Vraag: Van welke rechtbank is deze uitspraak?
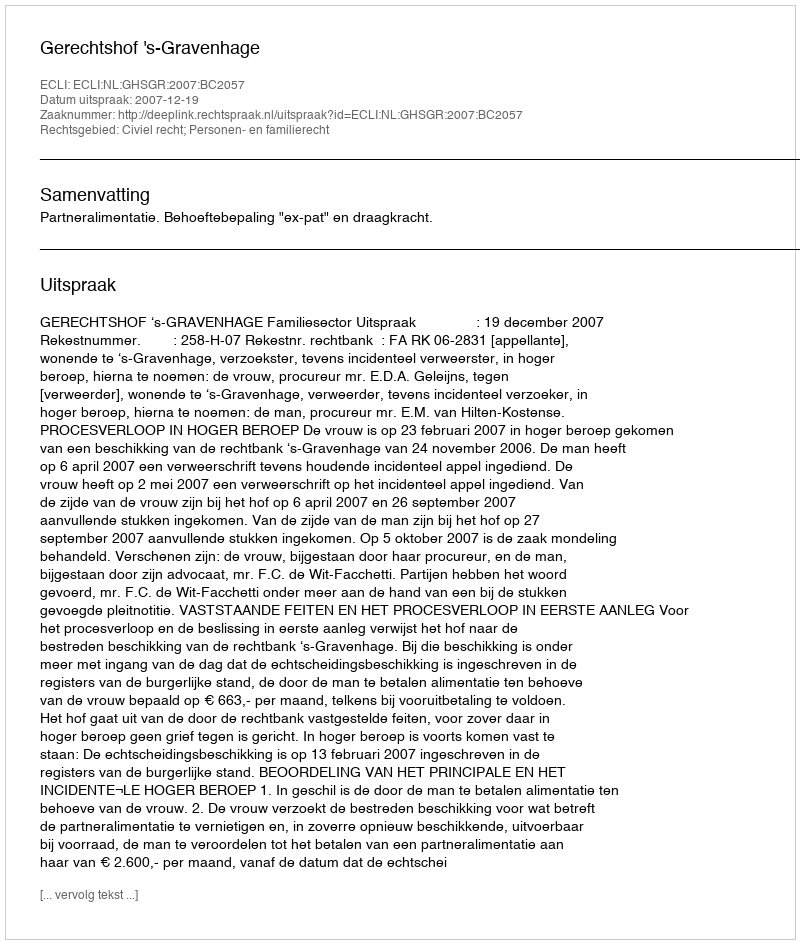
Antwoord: Gerechtshof 's-Gravenhage